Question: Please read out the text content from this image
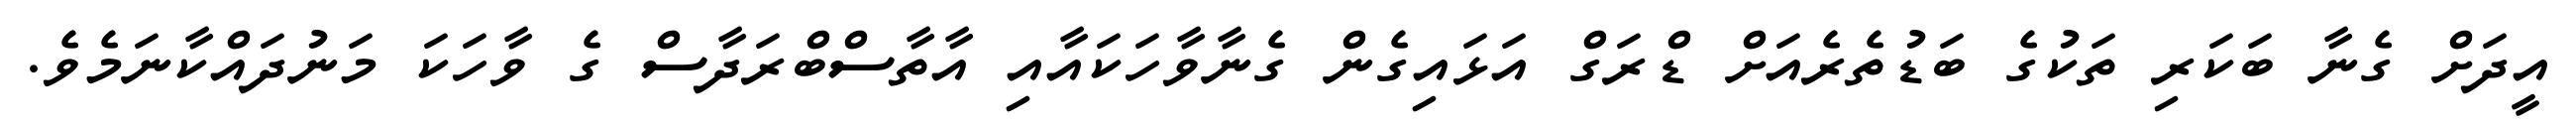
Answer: އީދަށް ގެނާ ބަކަރި ތަކުގެ ބަޑުތެރެއަށް ޑްރަގް އަޅައިގެން ގެނާވާހަކައާއި އާތާސްބްރަދާސް ގެ ވާހަކަ މަނުދައްކާނަމެވެ.